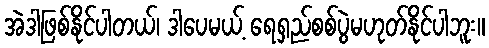
အဲဒါဖြစ်နိုင်ပါတယ်၊ ဒါပေမယ့် ရေရှည်စစ်ပွဲမဟုတ်နိုင်ပါဘူး။